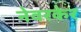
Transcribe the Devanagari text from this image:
नेवरकेर